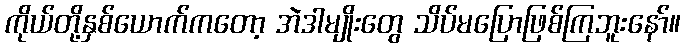
ကိုယ်တို့နှစ်ယောက်ကတော့ အဲဒါမျိုးတွေ သိပ်မပြောဖြစ်ကြဘူးနော်။